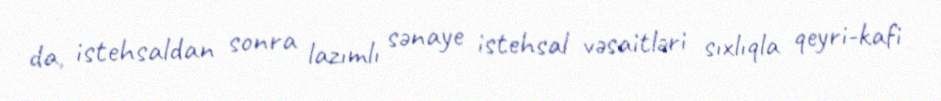
da, istehsaldan sonra lazımlı sənaye istehsal vəsaitləri sıxlıqla qeyri-kafi